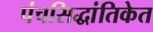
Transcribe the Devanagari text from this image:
पंचसिद्धांतिकेत